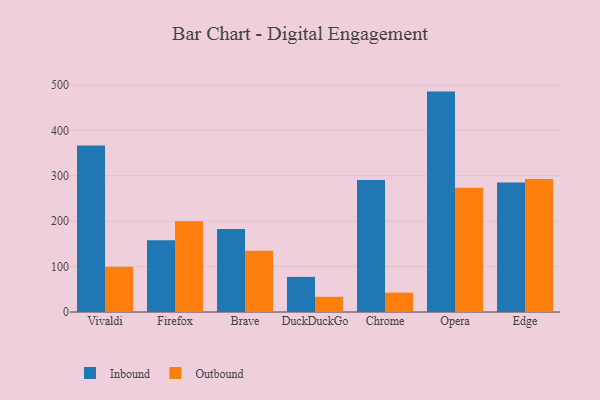
{"axis": {"x": "Browser", "y": "Operating Costs (USD K)"}, "legend": ["Inbound", "Outbound"], "data": [{"x": "Vivaldi", "y": 366.6, "type": "Inbound"}, {"x": "Vivaldi", "y": 99.6, "type": "Outbound"}, {"x": "Firefox", "y": 157.9, "type": "Inbound"}, {"x": "Firefox", "y": 199.8, "type": "Outbound"}, {"x": "Brave", "y": 182.9, "type": "Inbound"}, {"x": "Brave", "y": 134.9, "type": "Outbound"}, {"x": "DuckDuckGo", "y": 77.3, "type": "Inbound"}, {"x": "DuckDuckGo", "y": 33.4, "type": "Outbound"}, {"x": "Chrome", "y": 290.4, "type": "Inbound"}, {"x": "Chrome", "y": 42.6, "type": "Outbound"}, {"x": "Opera", "y": 485.2, "type": "Inbound"}, {"x": "Opera", "y": 273.7, "type": "Outbound"}, {"x": "Edge", "y": 284.9, "type": "Inbound"}, {"x": "Edge", "y": 292.6, "type": "Outbound"}]}